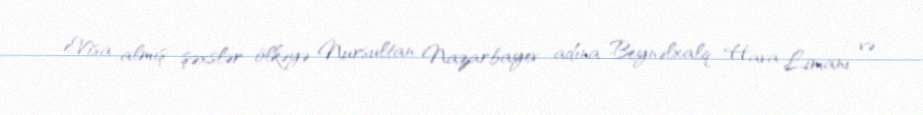
eVisa almış şəxslər ölkəyə Nursultan Nazarbayev adına Beynəlxalq Hava Limanı və